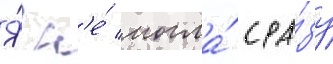
Я́ н'е́ могла́ сра́зу